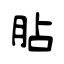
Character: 胋